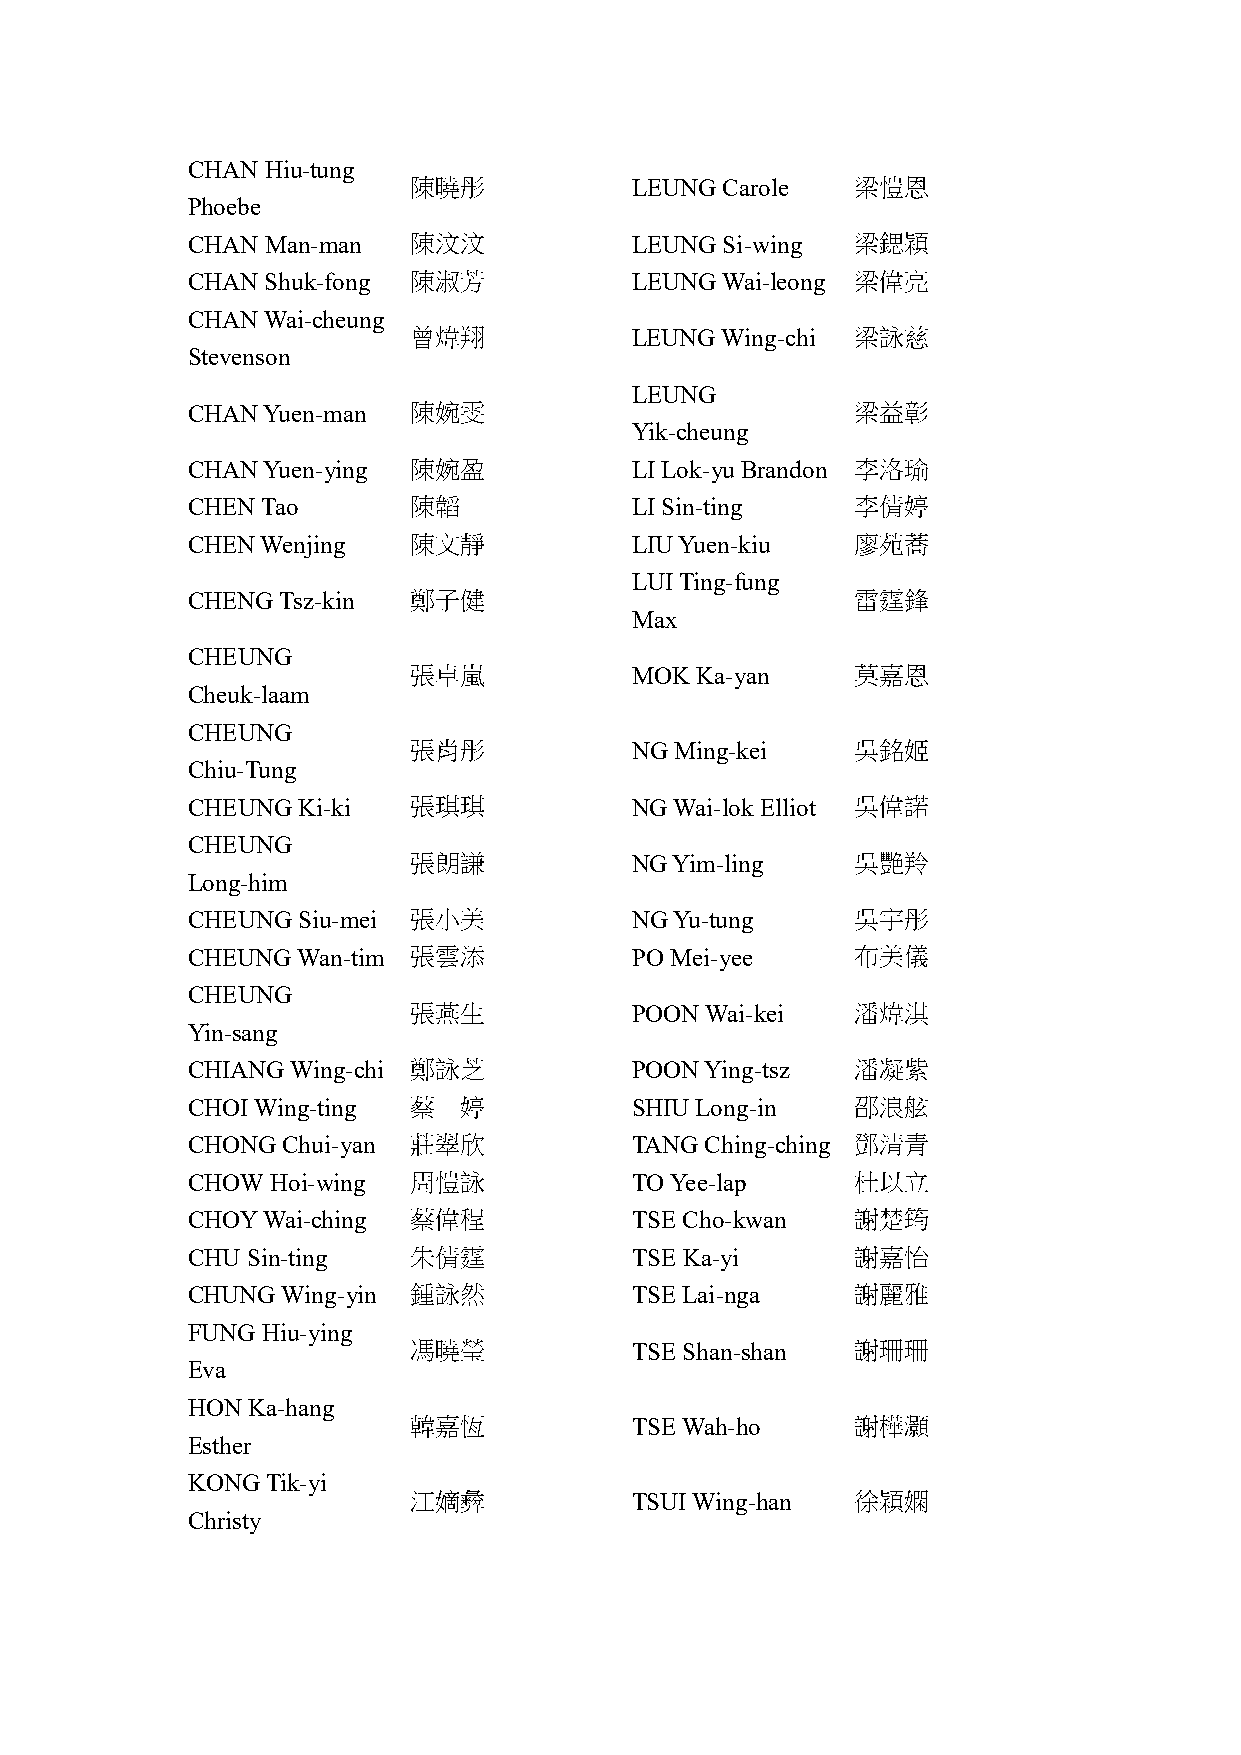
CHAN  Hiu-tung
 陳曉彤            LEUNG Carole   梁愷恩
 Phoebe
 CHAN  Man-man  陳汶汶            LEUNG Si-wing  梁鍶穎
 CHAN  Shuk-fong 陳淑芳           LEUNG Wai-leong 梁偉亮
 CHAN Wai-cheung
 曾煒翔            LEUNG Wing-chi 梁詠慈
 Stevenson
 LEUNG
 CHAN Yuen-man  陳婉雯                           梁益彰
 Yik-cheung
 CHAN Yuen-ying 陳婉盈            LI Lok-yu Brandon 李洛瑜
 CHEN Tao       陳韜             LI Sin-ting    李倩婷
 CHEN Wenjing   陳文靜            LIU Yuen-kiu   廖苑蕎
 LUI Ting-fung
 CHENG Tsz-kin  鄭子健                           雷霆鋒
 Max
 CHEUNG
 張卓嵐            MOK Ka-yan     莫嘉恩
 Cheuk-laam
 CHEUNG
 張肖彤            NG Ming-kei    吳銘姬
 Chiu-Tung
 CHEUNG  Ki-ki  張琪琪            NG Wai-lok Elliot 吳偉諾
 CHEUNG
 張朗謙            NG Yim-ling    吳艷羚
 Long-him
 CHEUNG  Siu-mei 張小美           NG Yu-tung     吳宇彤
 CHEUNG  Wan-tim 張雲添           PO Mei-yee     布美儀
 CHEUNG
 張燕生            POON Wai-kei   潘煒淇
 Yin-sang
 CHIANG Wing-chi 鄭詠芝           POON Ying-tsz  潘凝紫
 CHOI Wing-ting 蔡  婷           SHIU Long-in   邵浪舷
 CHONG  Chui-yan 莊翠欣           TANG Ching-ching 鄧清青
 CHOW  Hoi-wing 周愷詠            TO Yee-lap     杜以立
 CHOY Wai-ching 蔡偉程            TSE Cho-kwan   謝楚筠
 CHU Sin-ting   朱倩霆            TSE Ka-yi      謝嘉怡
 CHUNG  Wing-yin 鍾詠然           TSE Lai-nga    謝麗雅
 FUNG Hiu-ying
 馮曉瑩            TSE Shan-shan  謝珊珊
 Eva
 HON Ka-hang
 韓嘉恆            TSE Wah-ho     謝樺灝
 Esther
 KONG  Tik-yi
 江嫡彜            TSUI Wing-han  徐穎嫻
 Christy